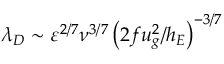
\lambda _ { D } \sim \varepsilon ^ { { 2 / 7 } } \nu ^ { { 3 / 7 } } \left( { 2 f u _ { g } ^ { 2 } / h _ { E } } \right) ^ { - { 3 / 7 } }